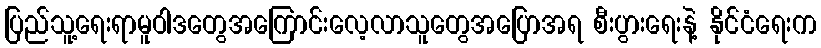
ပြည်သူ့ရေးရာမူဝါဒတွေအကြောင်းလေ့လာသူတွေအပြောအရ စီးပွားရေးနဲ့ နိုင်ငံရေးက